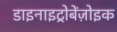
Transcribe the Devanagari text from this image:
डाइनाइट्रोबेंज़ोइक